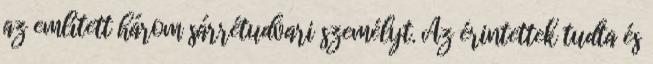
az említett három sárrétudvari személyt. Az érintettek tudta és